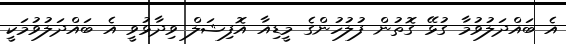
އެ ބައްދަލުވުމާ ގުޅޭ ގޮތުން ފުލުހުންގެ މީޑިއާ އޮފިޝަލް ވިދާޅުވީ އެ ބައްދަލުވުމަކީ